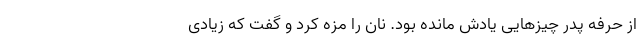
از حرفه پدر چیزهایی یادش مانده بود. نان را مزه کرد و گفت که زیادی